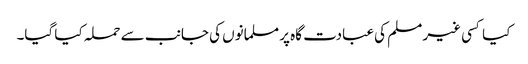
کیا کسی غیر مسلم کی عبادت گاہ پر مسلمانوں کی جانب سے حملہ کیا گیا۔